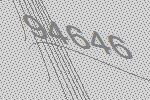
94646